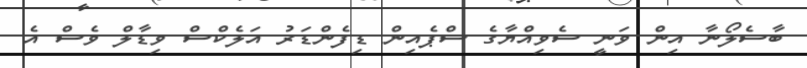
ބާސެލޯނާ އިން ވަނީ ސެވިއްޔާގެ ސްޕެއިން ޑިފެންޑަރު އަލެކްސް ވިޑާލް ވެސް އެ